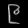
Digit: ၉